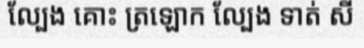
ល្បែង គោះ ត្រឡោក ល្បែង ទាត់ សី